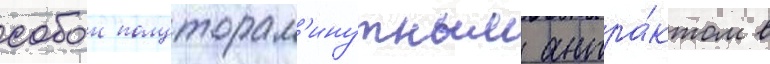
собои полуторам'инутным антра́ктом в